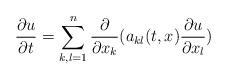
LaTeX: \begin{align*}\frac{\partial u}{\partial t}=\sum_{k,l=1}^n\frac{\partial}{\partial x_k}(a_{kl}(t,x)\frac{\partial u}{\partial x_l})\end{align*}